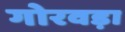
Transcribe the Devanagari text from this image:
गोरवड़ा